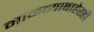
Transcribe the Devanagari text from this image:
माळव्याबाहेरही